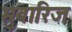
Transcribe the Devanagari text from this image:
मुबारिज